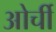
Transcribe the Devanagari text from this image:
ओर्ची